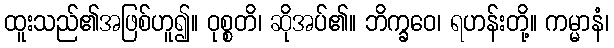
ထူးသည်၏အဖြစ်ဟူ၍။ ဝုစ္စတိ၊ ဆိုအပ်၏။ ဘိက္ခဝေ၊ ရဟန်းတို့။ ကမ္မာနံ၊